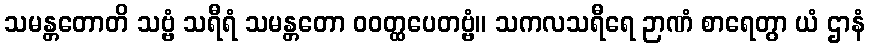
သမန္တတောတိ သဗ္ဗံ သရီရံ သမန္တတော ဝဝတ္ထပေတဗ္ဗံ။ သကလသရီရေ ဉာဏံ စာရေတွာ ယံ ဌာနံ